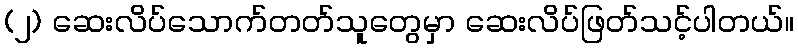
(၂) ဆေးလိပ်သောက်တတ်သူတွေမှာ ဆေးလိပ်ဖြတ်သင့်ပါတယ်။